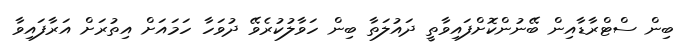
ބިން ސްޓްރާޑާއިން ބޭނުންކޮށްފައިވާތީ ދައުލަތާ ބިން ހަވާލުކުރެވޭ ދުވަހާ ހަމައަށް އިތުރަށް އަރާފައިވާ